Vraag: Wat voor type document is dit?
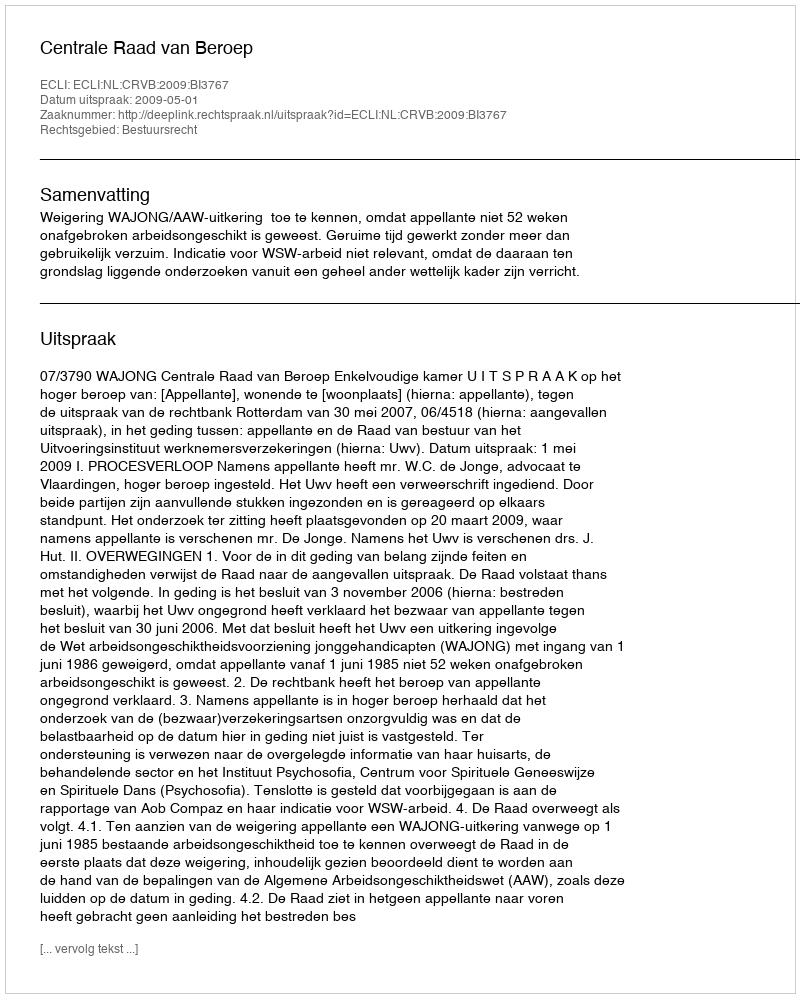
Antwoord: Uitspraak